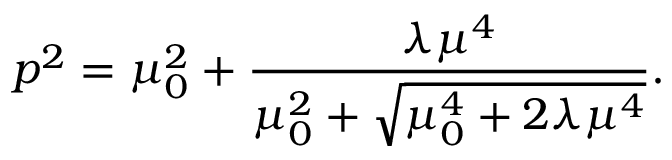
p ^ { 2 } = \mu _ { 0 } ^ { 2 } + { \frac { \lambda \mu ^ { 4 } } { \mu _ { 0 } ^ { 2 } + { \sqrt { \mu _ { 0 } ^ { 4 } + 2 \lambda \mu ^ { 4 } } } } } .